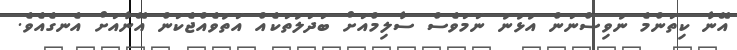
އޭނާ ކިތަންމެ ނުވިސްނަން އުޅުނު ނަމަވެސް ސާލިމްއަށް ބަދަލުތަކެއް އަތުވެއްޖެކަން އޭނާއަށް އެނގެއެވެ.